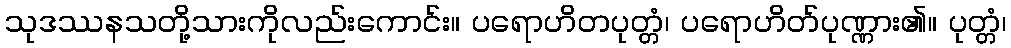
သုဒဿနသတို့သားကိုလည်းကောင်း။ ပရောဟိတပုတ္တံ၊ ပရောဟိတ်ပုဏ္ဏား၏။ ပုတ္တံ၊